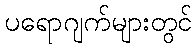
ပရောဂျက်များတွင်